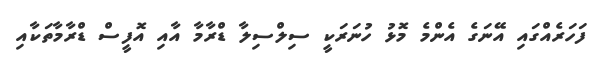
ފަހަރެއްގައި އޭނަގެ އެންމެ މޮޅު ހުނަރަކީ ސިލްސިލާ ޑްރާމާ އާއި އޮފީސް ޑްރާމާތަކާއި